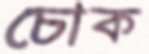
চোক